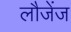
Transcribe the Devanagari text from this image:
लौजेंज